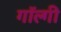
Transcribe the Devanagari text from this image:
गॉल्गी